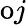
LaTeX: \mathrm{o}j